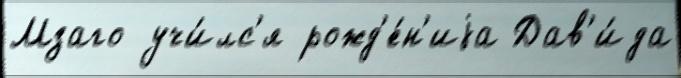
Мзаго учи́лс'я рожд'е́н'иjа Дав'и́да